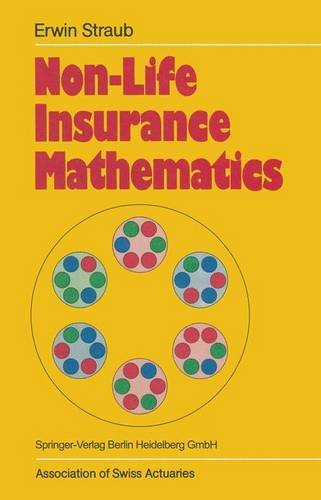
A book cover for Non-Life Insurance Mathematics; Erwin Straub; Business & Money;